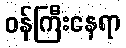
ဝန်ကြီးနေရာ